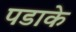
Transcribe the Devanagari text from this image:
पडाके